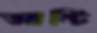
আন্টি